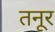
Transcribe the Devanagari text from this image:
तनूर